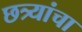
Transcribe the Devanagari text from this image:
छत्र्यांचा